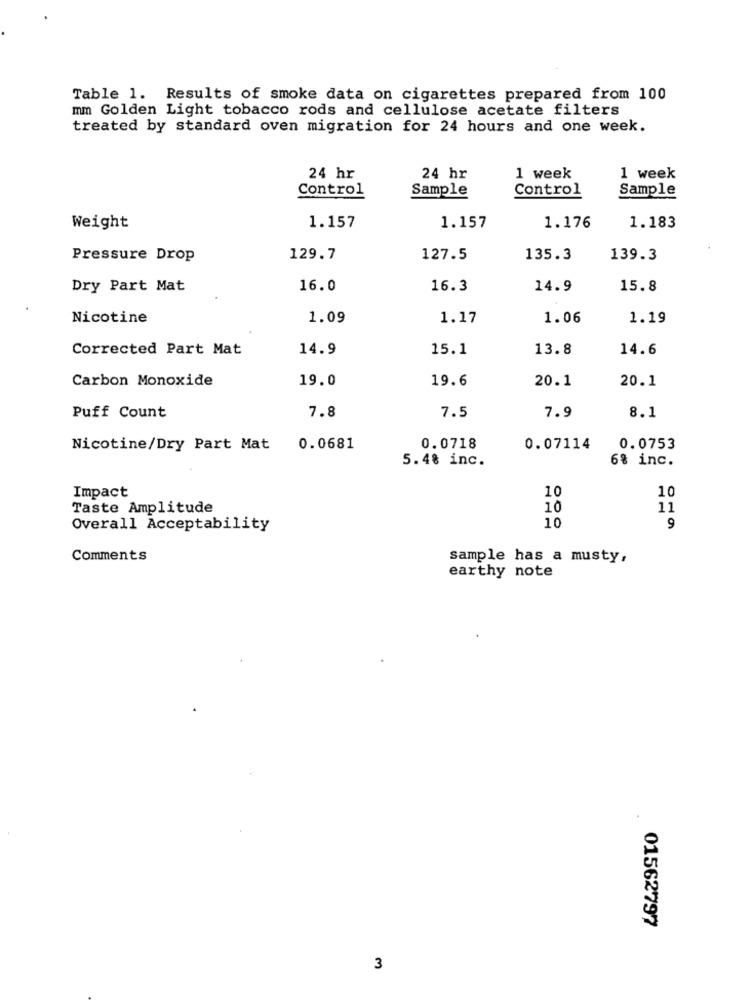
Table 1. Results of smoke data on cigarettes prepared from 100
mm Golden Light tobacco rods and cellulose acetate filters
treated by standard oven migration for 24 hours and one week.
24 hr
24 hr
1 week
1 week
Control
Control
Sample
Sample
Weight
1.157
1.157
1.176
1.183
Pressure Drop
129.7
127.5
135.3
139.3
Dry Part Mat
16.0
16.3
14.9
15.8
Nicotine
1.09
1.17
1.06
1.19
Corrected Part Mat
14.9
15.1
13.8
14.6
Carbon Monoxide
19.0
19.6
20.1
20.1
7.8
7.9
8.1
Puff Count
7.5
Nicotine/Dry Part Mat
0.0681
0.0718
0.07114
0.0753
5.48 inc.
6% inc.
Impact
10
10
Taste Amplitude
10
11
Overall Acceptability
10
9
Comments
sample has a musty,
earthy note
01562797
3